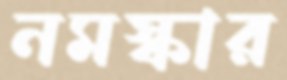
নমস্কার